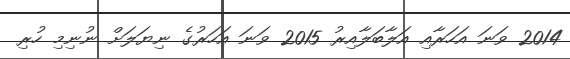
2014 ވަނަ އަހަރާއި އަލާބަލާއިރު 2015 ވަނަ އަހަރުގެ ނިޔަލަށް ނުނިމި ހުރި